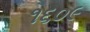
૧૬૦૯